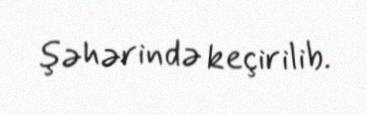
şəhərində keçirilib.